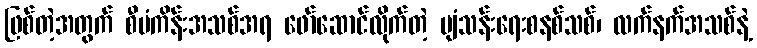
ဖြစ်တဲ့အတွက် စီမံကိန်းအသစ်အရ ဖော်ဆောင်လိုက်တဲ့ ပျံသန်းရေးစနစ်သစ်၊ လက်နက်အသစ်နဲ့